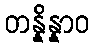
တန္နိန္နာဝ